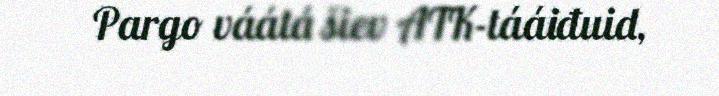
Pargo váátá šiev ATK-tááiđuid,